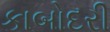
કાબોદરી